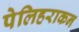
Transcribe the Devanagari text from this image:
पेलिहराकन